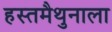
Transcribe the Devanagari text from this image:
हस्तमैथुनाला